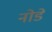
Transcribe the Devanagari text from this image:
नोडे